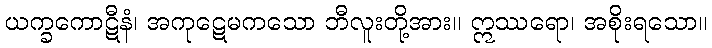
ယက္ခကောဋီနံ၊ အကုဋေမကသော ဘီလူးတို့အား။ ဣဿရော၊ အစိုးရသော။